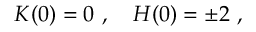
K ( 0 ) = 0 \ , \quad H ( 0 ) = \pm 2 \ ,